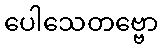
ပေါသေတဗ္ဗော